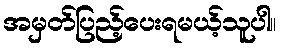
အမှတ်ပြည့်ပေးရမယ့်သူပါ။